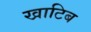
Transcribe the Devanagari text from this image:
खाटिब